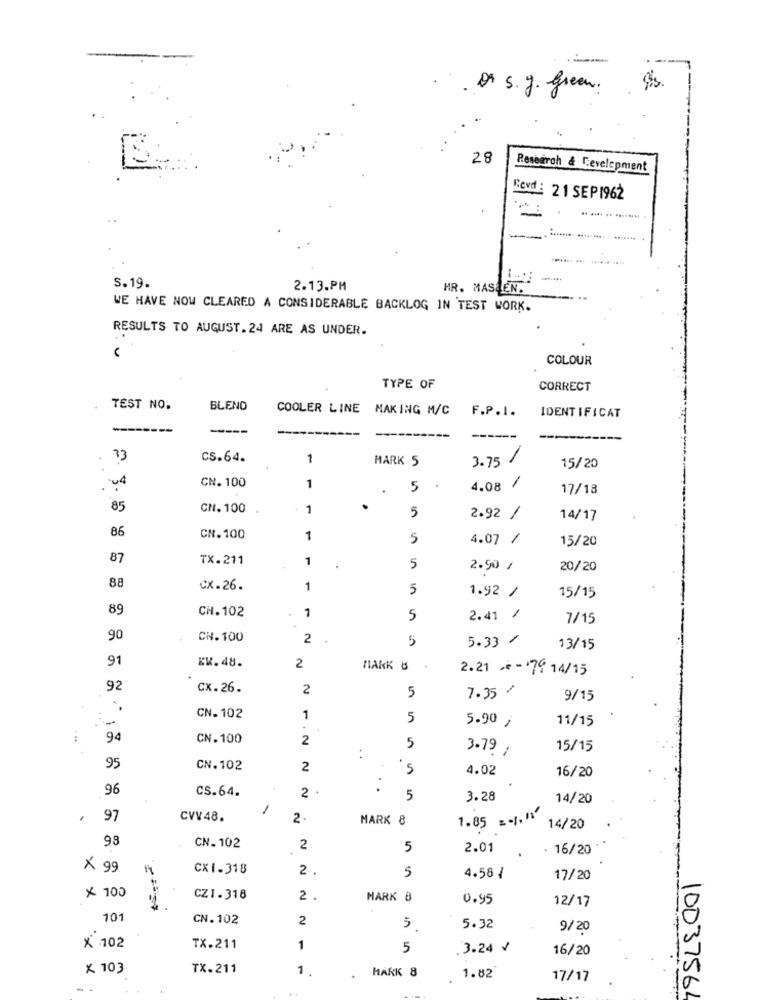
-
Dr s. J. green.
28
Research & Development
Sevd : 21 SEP1962
S. 19.
2.13.PM
HR. MASLEN.
WE HAVE NOW CLEARED A CONSIDERABLE BACKLOG IN TEST WORK.
RESULTS TO AUGUST.24 ARE AS UNDER.
COLOUR
TYPE OF
CORRECT
TEST NO.
BLEND
COOLER LINE MAKING M/C
F.P.I.
IDENTIFICAT
---
----
----
. 73
CS.64.
1
MARK 5
3.75 /
15/20
CN. 100
1
.
. 04
1
5
4.08
17/18
85
CN. 100
- 1
5
2.92 /
14/17
86
CN.100
1
5
4.07 /
15/20
87
TX.211
1
.
5
2.90 /
20/20
88
CX-26.
1
5
1.92 /
15/15
89
CH.102
1
5
2.41 /
7/15
90
CH. 100
2
5
5.33 /
13/15
91
EK.48.
2
MARK &
2.21 - 79 14/15
92
Cx.26.
2
5
7.35 ⑇
9/15
-
CN. 102
1
5
5.90 ;
11/15
94
CN.100
2
5
3.79
15/15
95
CN.102
2
5
4.02
16/20
96
CS.64.
2 .
..
5
3.28
14/20
1
97
CVV 48.
2.
MARK 8
1.85 = 1. 15
14/20
98
CN. 102
2
5
2.01
. 16/20
× 99
CX1-318
2 .
5
4.58 /
17/20
x 100
CZ1 - 318
2 .
MARK 8
0.95
12/17
101
CN. 102
2
5
5.32
9/20
X -102
TX.211
1
5
3.24 /
16/20
× 103
TX. 211
1
MARK 8
1.82
17/17
--
10037564